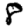
Digit: 8